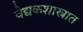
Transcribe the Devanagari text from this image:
वेद्यकशास्त्रात